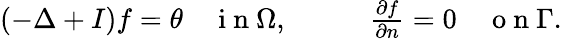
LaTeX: \begin{array}{rl}{(-\Delta+I)f=\theta\quad\mathrm{~i~n~}\Omega,\qquad}&{{}\frac{\partial f}{\partial n}=0\quad\mathrm{~o~n~}\Gamma.}\end{array}